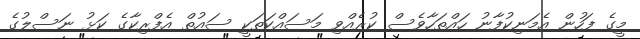
މީގެ ފަހުން އެމަނިކުފާނު ހައްތަހާވެސް ކުރެއްވި މަސައްކަތަކީ ސައުތް އެފްރިކާގެ ކަޅު ނަސްލުގެ